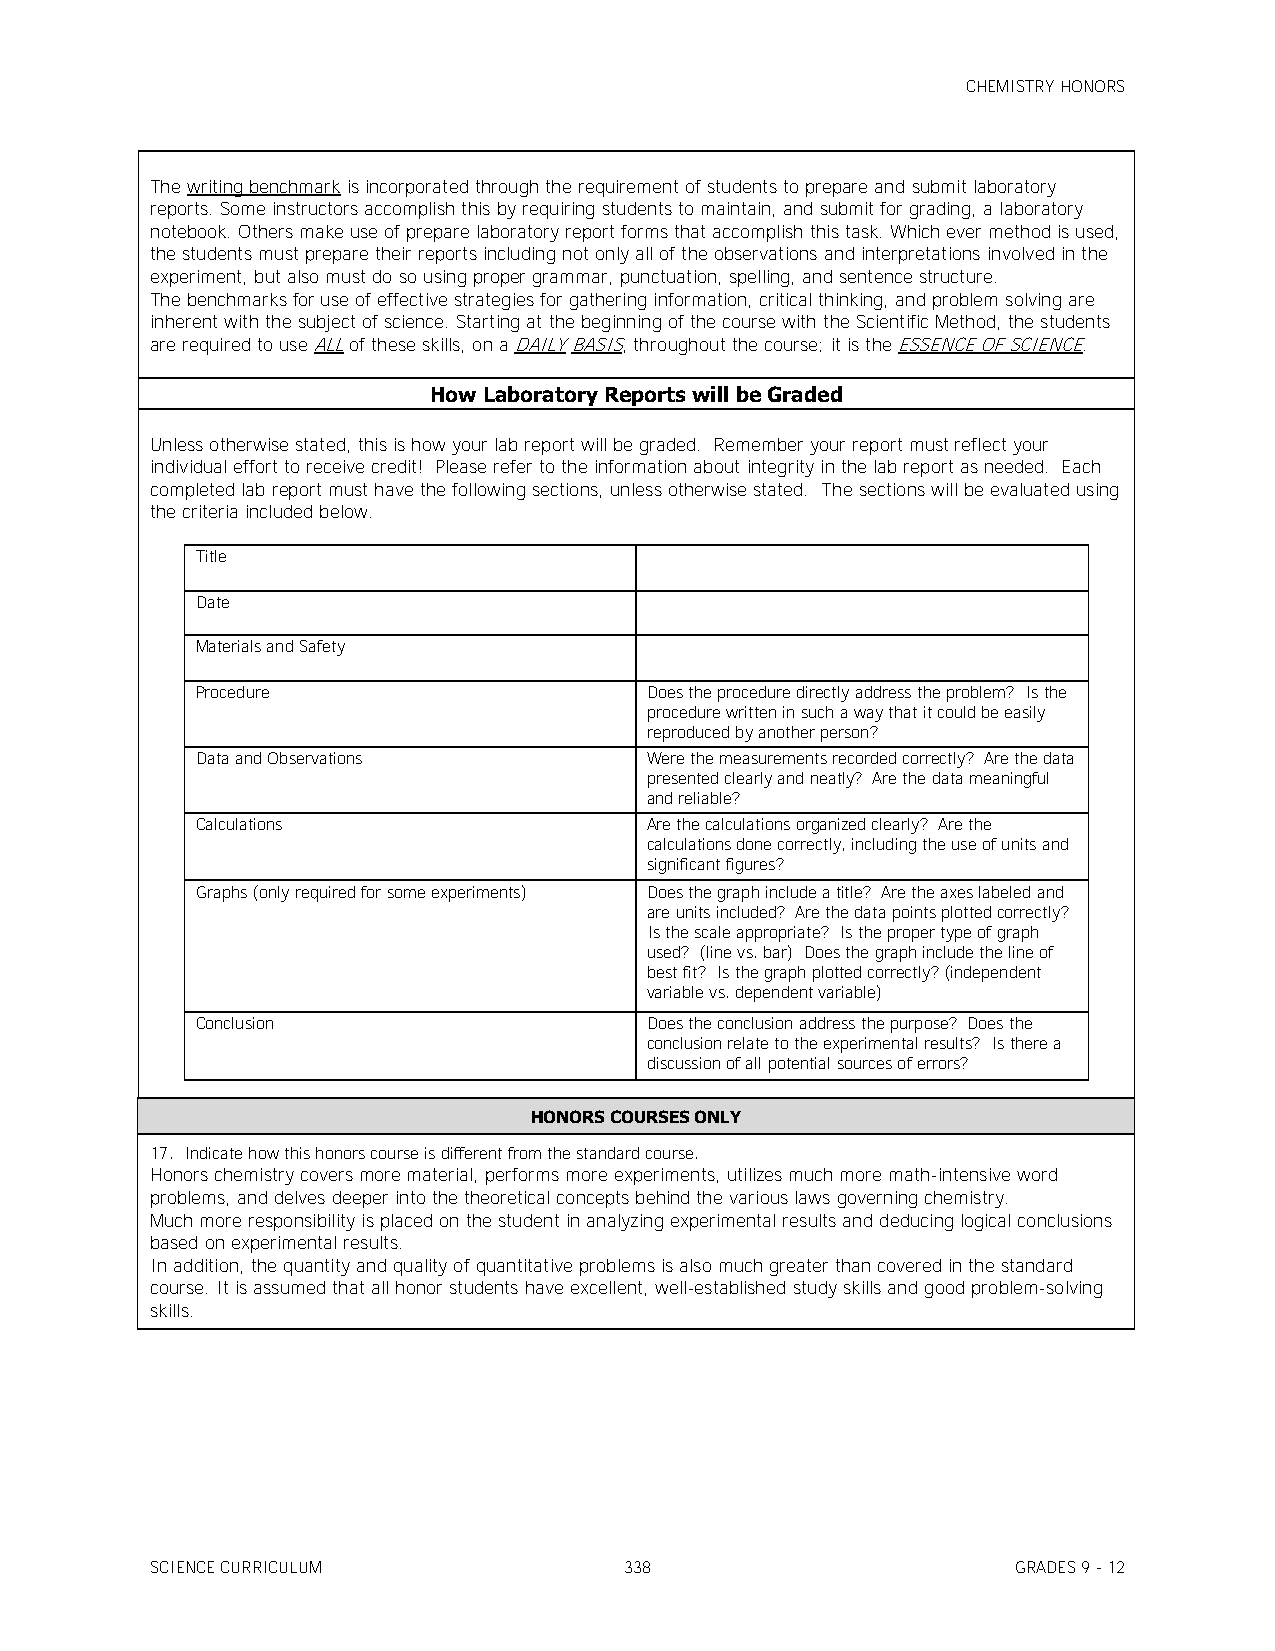
CHEMISTRY HONORS
 The writing benchmark is incorporated through the requirement of students to prepare and submit laboratory
 reports. Some instructors accomplish this by requiring students to maintain, and submit for grading, a laboratory
 notebook. Others make use of prepare laboratory report forms that accomplish this task. Which ever method is used,
 the students must prepare their reports including not only all of the observations and interpretations involved in the
 experiment, but also must do so using proper grammar, punctuation, spelling, and sentence structure.
 The benchmarks for use of effective strategies for gathering information, critical thinking, and problem solving are
 inherent with the subject of science. Starting at the beginning of the course with the Scientific Method, the students
 are required to use ALL of these skills, on a DAILY BASIS, throughout the course; it is the ESSENCE OF SCIENCE.
 How Laboratory Reports will be Graded
 Unless otherwise stated, this is how your lab report will be graded. Remember your report must reflect your
 individual effort to receive credit! Please refer to the information about integrity in the lab report as needed. Each
 completed lab report must have the following sections, unless otherwise stated. The sections will be evaluated using
 the criteria included below.
 Title
 Date
 Materials and Safety
 Procedure                     Does the procedure directly address the problem? Is the
 procedure written in such a way that it could be easily
 reproduced by another person?
 Data and Observations         Were the measurements recorded correctly? Are the data
 presented clearly and neatly? Are the data meaningful
 and reliable?
 Calculations                  Are the calculations organized clearly? Are the
 calculations done correctly, including the use of units and
 significant figures?
 Graphs (only required for some experiments) Does the graph include a title? Are the axes labeled and
 are units included? Are the data points plotted correctly?
 Is the scale appropriate? Is the proper type of graph
 used? (line vs. bar) Does the graph include the line of
 best fit? Is the graph plotted correctly? (independent
 variable vs. dependent variable)
 Conclusion                    Does the conclusion address the purpose? Does the
 conclusion relate to the experimental results? Is there a
 discussion of all potential sources of errors?
 HONORS COURSES ONLY
 17. Indicate how this honors course is different from the standard course.
 Honors chemistry covers more material, performs more experiments, utilizes much more math-intensive word
 problems, and delves deeper into the theoretical concepts behind the various laws governing chemistry.
 Much more responsibility is placed on the student in analyzing experimental results and deducing logical conclusions
 based on experimental results.
 In addition, the quantity and quality of quantitative problems is also much greater than covered in the standard
 course. It is assumed that all honor students have excellent, well-established study skills and good problem-solving
 skills.
 SCIENCE CURRICULUM             338                       GRADES 9 - 12